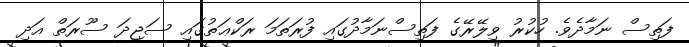
ފަތިސް ނަމާދެވެ. ހުކުރު ވިލޭރޭގެ ފަތިސްނަމާދުގައި ފުރަތަމަ ރަކްޢަތުގައި ސަޖިދަ ސޫރަތް އަދި